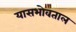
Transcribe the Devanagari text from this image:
यासभोवताल